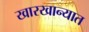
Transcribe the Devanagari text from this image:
खारखान्यात